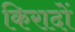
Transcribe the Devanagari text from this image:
किरादों